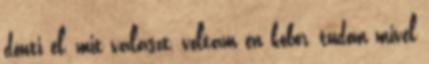
dönti el, mit választ, voltam én kóbor, tudom mivel